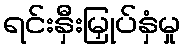
ရင်းနှီးမြှုပ်နှံမှု